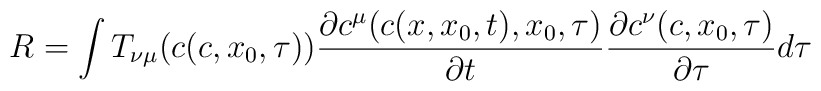
R = \int T_{\nu \mu}(c(c, x_{0}, \tau)) \frac{\partial c^{\mu}(c(x, x_{0}, t), x_{0}, \tau)}{\partial t}\frac{\partial c^{\nu}(c, x_{0}, \tau)}{\partial \tau} d \tau